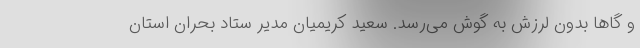
و گاها بدون لرزش به گوش می‌رسد. سعید کریمیان مدیر ستاد بحران استان